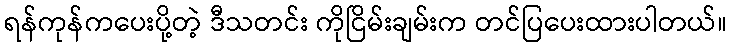
ရန်ကုန်ကပေးပို့တဲ့ ဒီသတင်း ကိုငြိမ်းချမ်းက တင်ပြပေးထားပါတယ်။